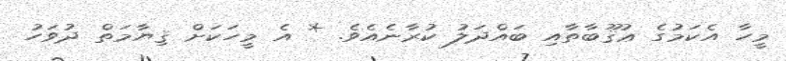
މީހާ އެކަމުގެ ޢުޤޫބާތާއި ބައްދަލު ކުރާނެއެވެ. * އެ މީހަކަށް ޤިޔާމަތް ދުވަހު